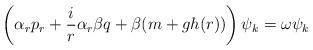
LaTeX: \begin{align*}\left( \alpha_r p_r + \frac{i}{r} \alpha_r\beta q +\beta(m+gh(r))\right) \psi_k = \omega \psi_k\end{align*}